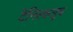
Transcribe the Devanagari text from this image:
टेंनिस्कलुब